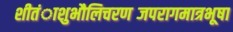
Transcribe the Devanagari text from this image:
शीतंाशुभौलिचरणब्जपरागमात्रभूषा